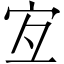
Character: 宐